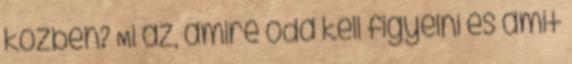
közben? Mi az, amire oda kell figyelni és amit